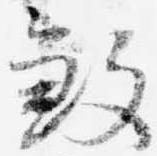
殺